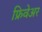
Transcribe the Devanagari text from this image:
फ्रिवेअर